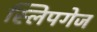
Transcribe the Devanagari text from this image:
स्लिपगेज